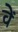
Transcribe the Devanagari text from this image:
वेें